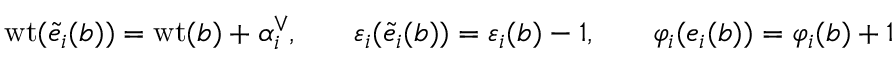
\begin{array} { r l r l r } { { \operatorname { w t } } ( { \tilde { e } } _ { i } ( b ) ) = { \operatorname { w t } } ( b ) + \alpha _ { i } ^ { \vee } , } & { } & { { \varepsilon } _ { i } ( { \tilde { e } } _ { i } ( b ) ) = { \varepsilon } _ { i } ( b ) - 1 , } & { } & { \varphi _ { i } ( e _ { i } ( b ) ) = \varphi _ { i } ( b ) + 1 } \end{array}